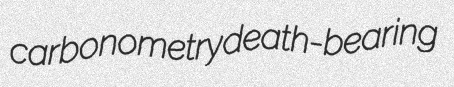
carbonometry death-bearing